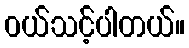
၀ယ်သင့်ပါတယ်။